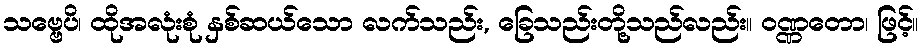
သဗ္ဗေပိ၊ ထိုအလုံးစုံ နှစ်ဆယ်သော လက်သည်း, ခြေသည်းတို့သည်လည်း။ ဝဏ္ဏတော၊ ဖြင့်။